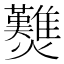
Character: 𤓉